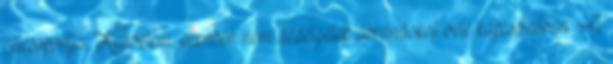
célcsoportja. Kedvelem, ellenben nem dédelgetek ábrándokat vele kapcsolatban. A